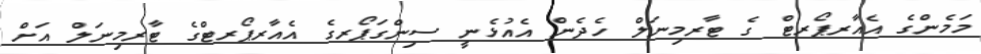
މަމެންގެ އެއާރޕޯރޓް ގެ ޓާރމިނަލް ހެދެން އެއުޅެނީ ސިންގަޕޯރގެ އެއާރޕޯރޓްގެ ޓާރމިނަލް އަށް